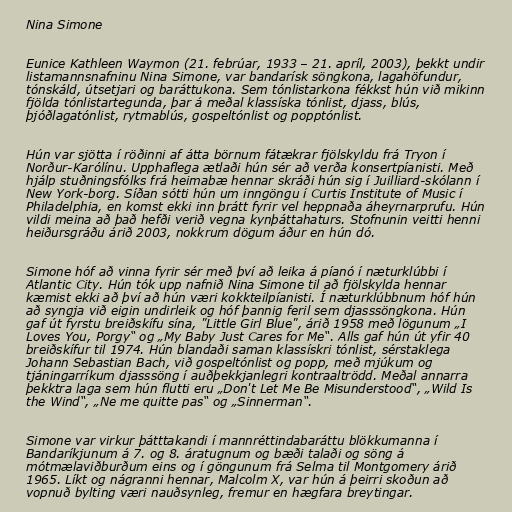
Nina Simone

Eunice Kathleen Waymon (21. febrúar, 1933 – 21. apríl, 2003), þekkt undir
listamannsnafninu Nina Simone, var bandarísk söngkona, lagahöfundur,
tónskáld, útsetjari og baráttukona. Sem tónlistarkona fékkst hún við mikinn
fjölda tónlistartegunda, þar á meðal klassíska tónlist, djass, blús,
þjóðlagatónlist, rytmablús, gospeltónlist og popptónlist.

Hún var sjötta í röðinni af átta börnum fátækrar fjölskyldu frá Tryon í
Norður-Karólínu. Upphaflega ætlaði hún sér að verða konsertpíanisti. Með
hjálp stuðningsfólks frá heimabæ hennar skráði hún sig í Juilliard-skólann í
New York-borg. Síðan sótti hún um inngöngu í Curtis Institute of Music í
Philadelphia, en komst ekki inn þrátt fyrir vel heppnaða áheyrnarprufu. Hún
vildi meina að það hefði verið vegna kynþáttahaturs. Stofnunin veitti henni
heiðursgráðu árið 2003, nokkrum dögum áður en hún dó.

Simone hóf að vinna fyrir sér með því að leika á píanó í næturklúbbi í
Atlantic City. Hún tók upp nafnið Nina Simone til að fjölskylda hennar
kæmist ekki að því að hún væri kokkteilpíanisti. Í næturklúbbnum hóf hún
að syngja við eigin undirleik og hóf þannig feril sem djasssöngkona. Hún
gaf út fyrstu breiðskífu sína, "Little Girl Blue", árið 1958 með lögunum „I
Loves You, Porgy“ og „My Baby Just Cares for Me“. Alls gaf hún út yfir 40
breiðskífur til 1974. Hún blandaði saman klassískri tónlist, sérstaklega
Johann Sebastian Bach, við gospeltónlist og popp, með mjúkum og
tjáningarríkum djasssöng í auðþekkjanlegri kontraaltrödd. Meðal annarra
þekktra laga sem hún flutti eru „Don't Let Me Be Misunderstood“, „Wild Is
the Wind“, „Ne me quitte pas“ og „Sinnerman“.

Simone var virkur þátttakandi í mannréttindabaráttu blökkumanna í
Bandaríkjunum á 7. og 8. áratugnum og bæði talaði og söng á
mótmælaviðburðum eins og í göngunum frá Selma til Montgomery árið
1965. Líkt og nágranni hennar, Malcolm X, var hún á þeirri skoðun að
vopnuð bylting væri nauðsynleg, fremur en hægfara breytingar.